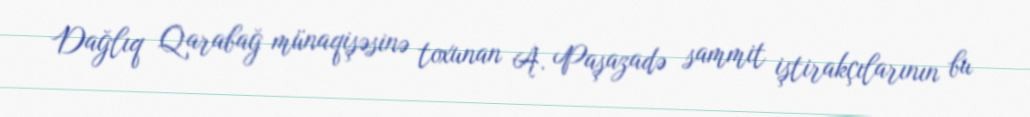
Dağlıq Qarabağ münaqişəsinə toxunan A. Paşazadə sammit iştirakçılarının bu